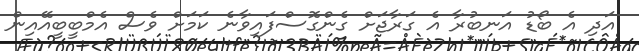
އަދި އެ ބޯޑު އަނބުރާ އެ ގަރާޖަށް ގެންގޮސްފައިވާނެ ކަމަށް ވެސް އެމްބީބީއޭއިން